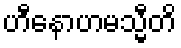
ဟီနောဟမသ္မီတိ